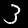
Digit: 3